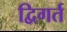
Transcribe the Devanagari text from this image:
द्विगर्त